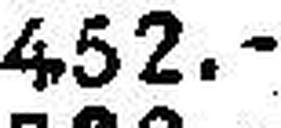
452.—